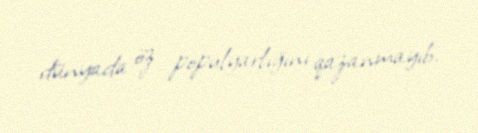
dünyada öz populyarlığını qazanmayıb.